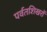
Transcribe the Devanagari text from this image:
पर्वतशिखरों